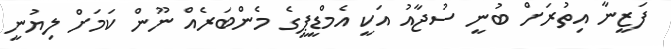
ފަޒީނާ އިތުރަށް ބުނީ ސުޖާއު އަކީ އެމްޑީޕީގެ މެންބަރެއް ނޫން ކަމަށް ލިޔުނީ